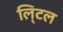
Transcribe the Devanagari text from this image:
लि्टल